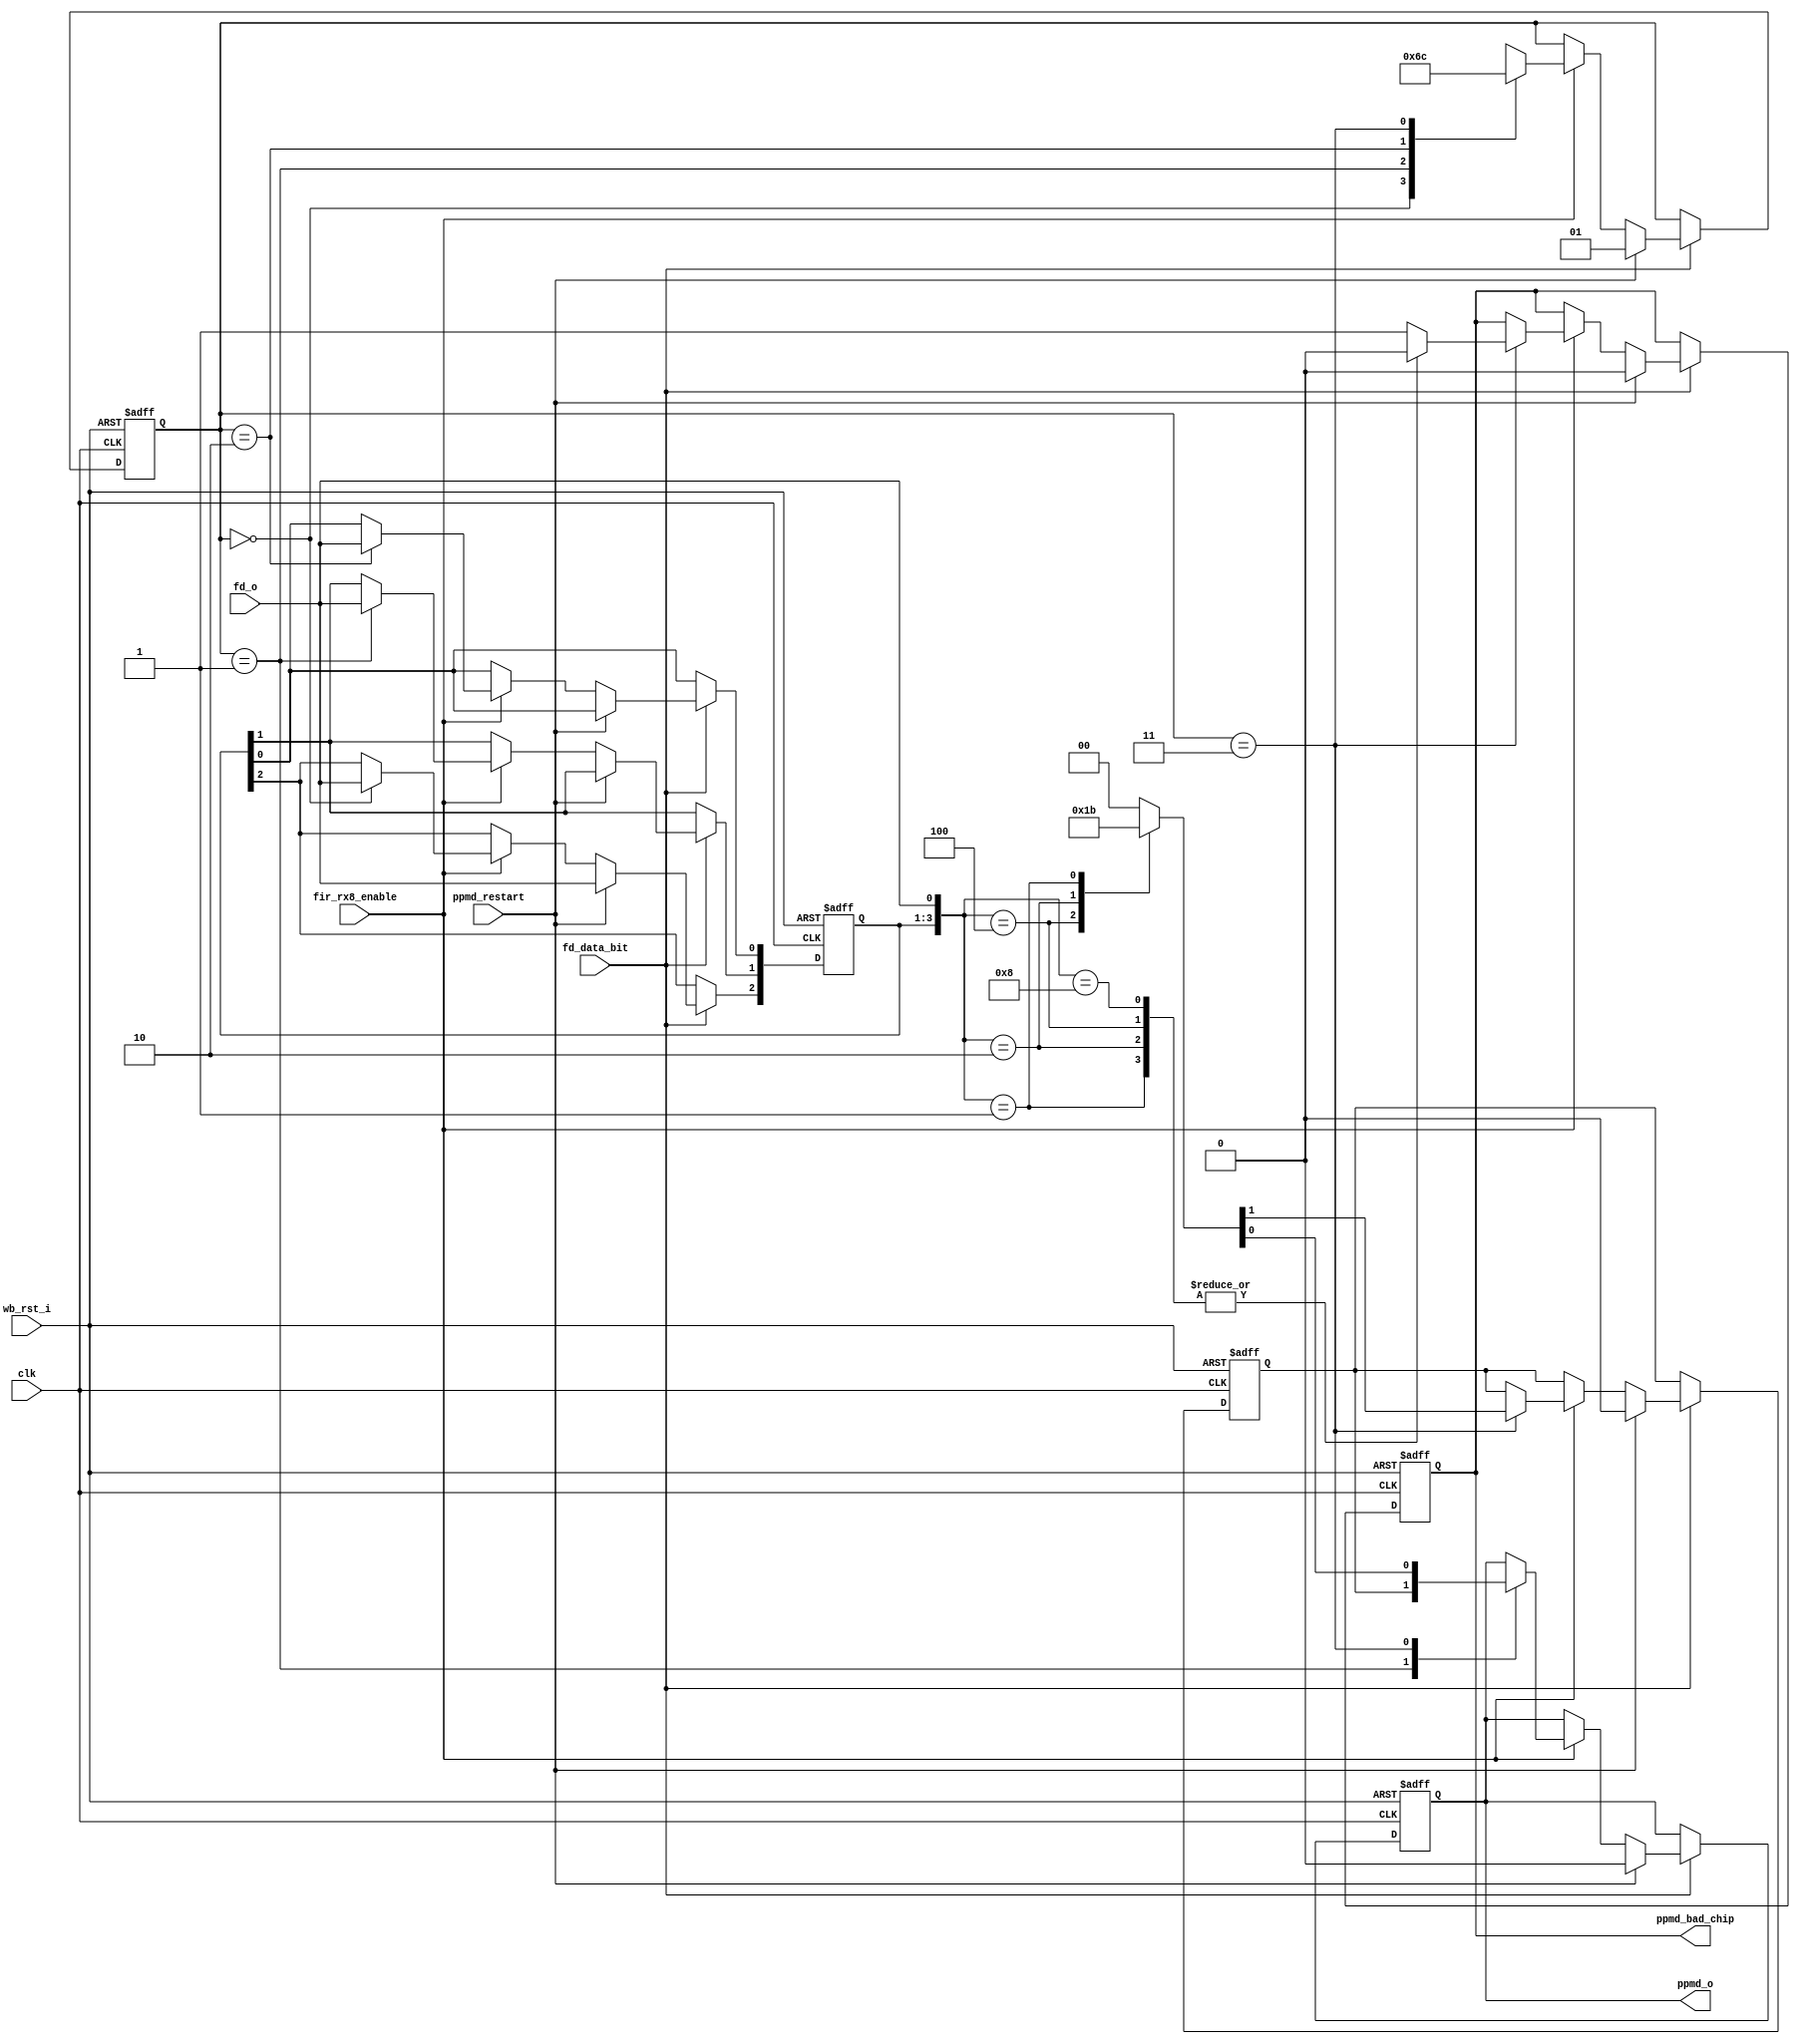
module irda_fir_4ppm_decoder (clk, wb_rst_i, fir_rx8_enable, ppmd_restart,
				fd_o, fd_data_bit, ppmd_o, ppmd_bad_chip);
input		clk;
input		wb_rst_i;
input		ppmd_restart;
input		fir_rx8_enable;
input		fd_o;
input 	fd_data_bit;

output	ppmd_o;
output	ppmd_bad_chip;

reg	[2:0]	in_buffer;
reg			out_buffer;
reg			ppmd_o;
reg			ppmd_bad_chip;

reg	[1:0] dbp; // decoded signal
always @(in_buffer or fd_o)
	case ( {in_buffer, fd_o} )
		4'b1000 : dbp = 2'b00;
		4'b0100 : dbp = 2'b01;
		4'b0010 : dbp = 2'b10;
		4'b0001 : dbp = 2'b11;
		default : dbp = 2'b00;
	endcase // case( {in_buffer, fd_o} )

reg 			ppmd_bad_chip_tmp;
always @(in_buffer or fd_o)
	case ( {in_buffer, fd_o} )
		4'b1000,	4'b0100, 
		4'b0010, 4'b0001 : ppmd_bad_chip_tmp = 0;
		default : ppmd_bad_chip_tmp = 1;
	endcase // case( {in_buffer, fd_o} )

reg [1:0] 	state;

always @(posedge clk or posedge wb_rst_i)
begin
	if (wb_rst_i) begin
		ppmd_o <= #1 0;
		out_buffer <= #1 0;
		in_buffer <= #1 0;
		ppmd_bad_chip <= #1 0;
		state <= #1 0;
	end else if (fd_data_bit) begin
		if (ppmd_restart) begin
			state 			  <= #1 1;
			out_buffer 		  <= #1 0;
			in_buffer[2] 	  <= #1 fd_o;
			ppmd_bad_chip 	  <= #1 0;
			ppmd_o 			  <= #1 0;
		end else	if (fir_rx8_enable) begin
			case (state) 
				0: begin
					state 			  <= #1 1;
					in_buffer[2] 	  <= #1 fd_o;
				end
				1: begin
					state <= #1 2;
					ppmd_o <= #1 out_buffer;
					in_buffer[1] <= #1 fd_o;
				end
				2: begin
					state <= #1 3;
					in_buffer[0] <= #1 fd_o;
				end
				3: begin
					ppmd_o <= #1 dbp[0];
					out_buffer <= #1 dbp[1];
					state <= #1 0;
					ppmd_bad_chip <= #1 ppmd_bad_chip_tmp;
				end
				default: state <= #1 0;
			endcase // case(state)
		end // if (fir_rx8_enable)
	end // if (fd_data_bit)
end // always @ (posedge clk or posedge wb_rst_i)


endmodule